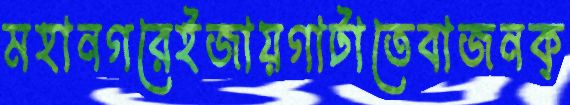
মহানগরেইজায়গাটাতেবাজনক্